Document type: Anniversary endowment
Year: 1486
Scribe: Bartomeu Masons
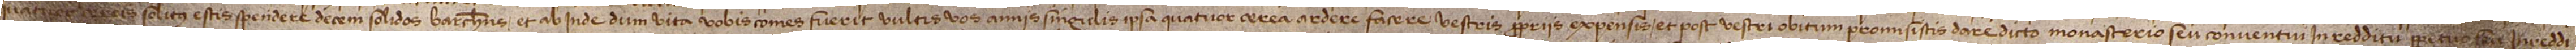
quatuor cereis solitus estis spendere decem solidos barchinonenses et ab inde dum vita vobis comes fuerit vultis vos annis singulis ipsa quatuor cerea ardere facere vestris propriis expensis. Et post vestri obitum promisistis dare dicto monasterio seu conventui in redditu perpetuo seu in reddi-